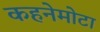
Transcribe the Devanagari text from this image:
कहनेमोटा